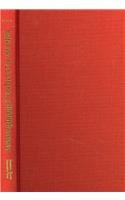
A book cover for Caffe Cino: The Birthplace of Off-Off-Broadway (Theater in the Americas); Wendell C. Stone; Literature & Fiction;